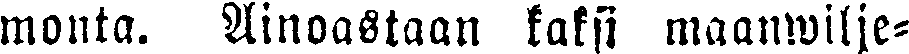
monta. Ainoastaan kaksi maanwilje-